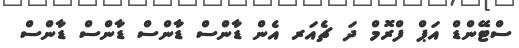
ސްޓޭންޑް އަޕް ފްރޮމް ދަ ޗެއަރ އެން ޑާންސް ޑާންސް ޑާންސް ޑާންސް